Indian journal of veterinary science and animal husbandry - Volume 8,
Year: 1938
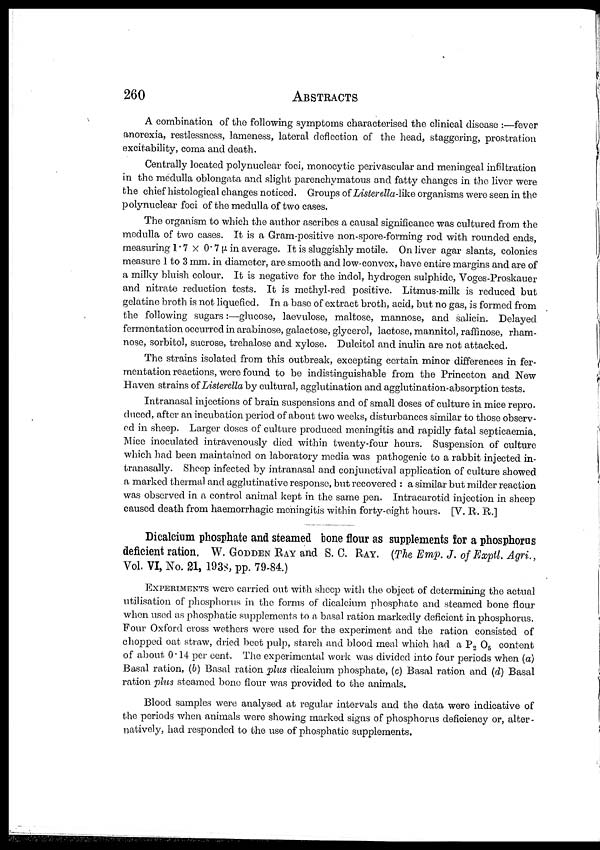
260
ABSTRACTS
A combination of the following symptoms characterised the clinical disease :—fever
anorexia, restlessness, lameness, lateral deflection of the head, staggering, prostration
excitability, coma and death.
Centrally located polynuclear foci, monocytic perivascular and meningeal infiltration
in the medulla oblongata and slight parenchymatous and fatty changes in the liver were
the chief histological changes noticed. Groups of Listerella-like organisms were seen in the
polynuclear foci of the medulla of two cases.
The organism to which the author ascribes a causal significance was cultured from the
medulla of two cases. It is a Gram-positive non-spore-forming rod with rounded ends,
measuring 1.7 × 0.7µ in average. It is sluggishly motile. On liver agar slants, colonies
measure 1 to 3 mm. in diameter, are smooth and low-convex, have entire margins and are of
a milky bluish colour. It is negative for the indol, hydrogen sulphide, Voges-Proskauer
and nitrate reduction tests. It is methyl-red positive. Litmus-milk is reduced but
gelatine broth is not liquefied. In a base of extract broth, acid, but no gas, is formed from
the following sugars:—glucose, laevulose, maltose, mannose, and salicin. Delayed
fermentation occurred in arabinose, galactose, glycerol, lactose, mannitol, raffinose, rham-
nose, sorbitol, sucrose, trehalose and xylose. Dulcitol and inulin are not attacked.
The strains isolated from this outbreak, excepting certain minor differences in fer-
mentation reactions, were found to be indistinguishable from the Princeton and New
Haven strains of Listerella by cultural, agglutination and agglutination-absorption tests.
Intranasal injections of brain suspensions and of small doses of culture in mice repro.
duced, after an incubation period of about two weeks, disturbances similar to those observ-
ed in sheep. Larger doses of culture produced meningitis and rapidly fatal septicaemia.
Mice inoculated intravenously died within twenty-four hours. Suspension of culture
which had been maintained on laboratory media was pathogenic to a rabbit injected in-
tranasally. Sheep infected by intranasal and conjunctival application of culture showed
a marked thermal and agglutinative response, but recovered : a similar but milder reaction
was observed in a control animal kept in the same pen. Intracarotid injection in sheep
caused death from haemorrhagic meningitis within forty-eight hours. [V. R. R.]
Dicalcium phosphate and steamed bone flour as supplements for a phosphorus
deficient ration. W. GODDEN RAY and S. C. RAY. (The Emp. J. of Exptl. Agri.,
Vol. VI, No. 21, 1938, pp. 79-84.)
EXPERIMENTS were carried out with sheep with the object of determining the actual
utilisation of phosphorus in the forms of dicalcium phosphate and steamed bone flour
when used as phosphatic supplements to a basal ration markedly deficient in phosphorus.
Four Oxford cross wethers were used for the experiment and the ration consisted of
chopped oat straw, dried beet pulp, starch and blood meal which had a P 2 O 5 content
of about 0.14 per cent. The experimental work was divided into four periods when (a)
Basal ration, (b) Basal ration plus dicalcium phosphate, (c) Basal ration and (d) Basal
ration plus steamed bone flour was provided to the animals.
Blood samples were analysed at regular intervals and the data were indicative of
the periods when animals were showing marked signs of phosphorus deficiency or, alter -
natively, had responded to the use of phosphatic supplements.